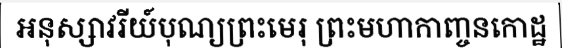
អនុស្សាវរីយ៍បុណ្យព្រះមេរុ ព្រះមហាកាញ្ចនកោដ្ឋ